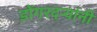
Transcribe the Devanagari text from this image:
डोंगरदऱ्यांनी